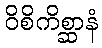
ဝိစိကိစ္ဆာနံ